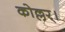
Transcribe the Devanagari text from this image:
कोल्लर्।